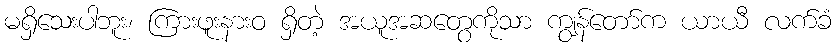
မရှိသေးပါဘူး၊ ကြားဖူးနားဝ ရှိတဲ့ အယူအဆတွေကိုသာ ကျွန်တော်က ယာယီ လက်ခံ